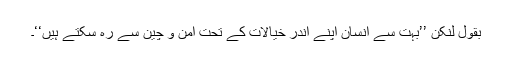
بقول لنکن ’’بہت سے انسان اپنے اندر خیالات کے تحت امن و چین سے رہ سکتے ہیں‘‘۔